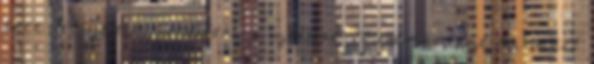
erre tetszettek fordítani a zsetont? Mostmár ezt se, mert